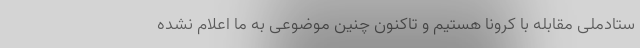
ستادملی مقابله با کرونا هستیم و تاکنون چنین موضوعی به ما اعلام نشده